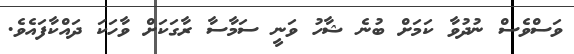
ވަސްވެސް ނުދުވާ ކަމަށް ބުނެ ޝާހު ވަނީ ސަމާސާ ރާގަކަށް ވާހަކަ ދައްކާފައެވެ.